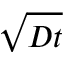
\sqrt { D t }